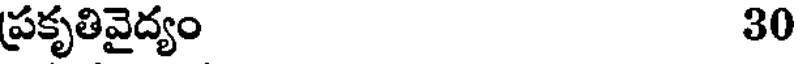
ప్రకృతివైద్యం 30